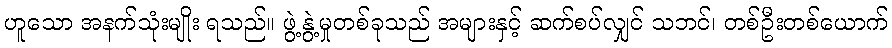
ဟူသော အနက်သုံးမျိုး ရသည်။ ဖွဲ့နွဲ့မှုတစ်ခုသည် အများနှင့် ဆက်စပ်လျှင် သဘင်၊ တစ်ဦးတစ်ယောက်